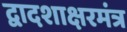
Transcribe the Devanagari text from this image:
द्वादशाक्षरमंत्र